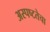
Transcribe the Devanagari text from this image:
अस्पष्टतेचा